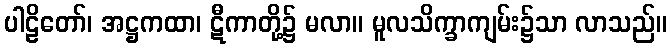
ပါဠိတော်၊ အဋ္ဌကထာ၊ ဋီကာတို့၌ မလာ။ မူလသိက္ခာကျမ်း၌သာ လာသည်။